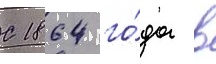
С 1864 го́да в